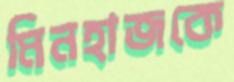
মিনহাজকে